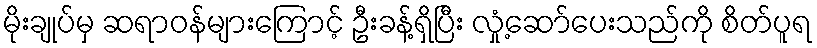
မိုးချုပ်မှ ဆရာဝန်များကြောင့် ဦးခန့်ရှိပြီး လှုံ့ဆော်ပေးသည်ကို စိတ်ပူရ